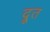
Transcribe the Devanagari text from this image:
द्रूत